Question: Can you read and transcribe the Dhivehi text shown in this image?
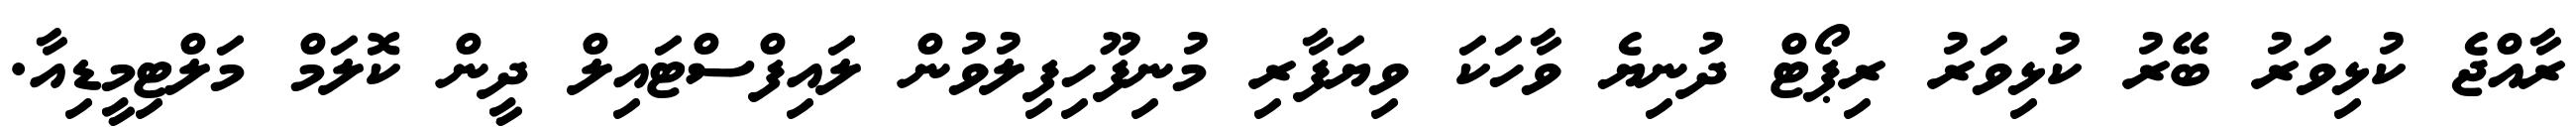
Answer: ރާއްޖެ ކުޅިވަރު ބޭރު ކުޅިވަރު ރިޕޯޓް ދުނިޔެ ވާހަކަ ވިޔަފާރި މުނިފޫހިފިލުވުން ލައިފްސްޓައިލް ދީން ކޮލަމް މަލްޓިމީޑިއާ.